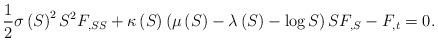
LaTeX: \begin{align*}\frac{1}{2}\sigma \left( S\right) ^{2}S^{2}F_{,SS}+\kappa \left( S\right)\left( \mu \left( S\right) -\lambda \left( S\right) -\log S\right)SF_{,S}-F_{,t}=0. \end{align*}